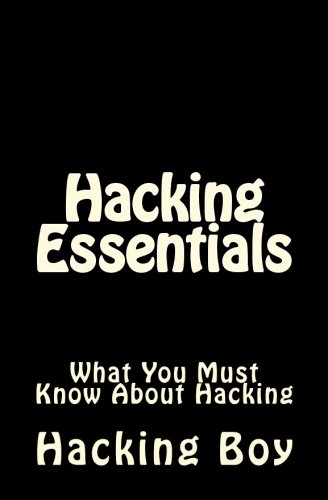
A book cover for Hacking: Hacking Essentials, What You Must Know About Hacking; The Hacking Boy; Computers & Technology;